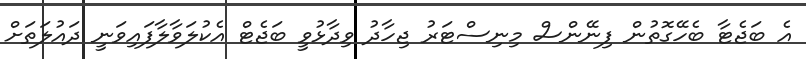
އެ ބަޖެޓާ ބެހޭގޮތުން ފިނޭންސް މިނިސްޓަރު ޖިހާދު ވިދާޅުވީ ބަޖެޓް އެކުލަވާލާފައިވަނީ ދައުލަތަށް